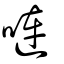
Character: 嗹